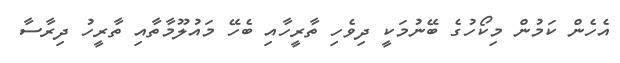
އެހެން ކަމުން މިކޯހުގެ ބޭނުމަކީ ދިވެހި ތާރީހާއި ބެހޭ މައުލޫމާތާއި ތާރީހު ދިރާސާ